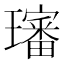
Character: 𤪺